Sketch of the medical history of the native army of Bombay, for the year
Year: 1872
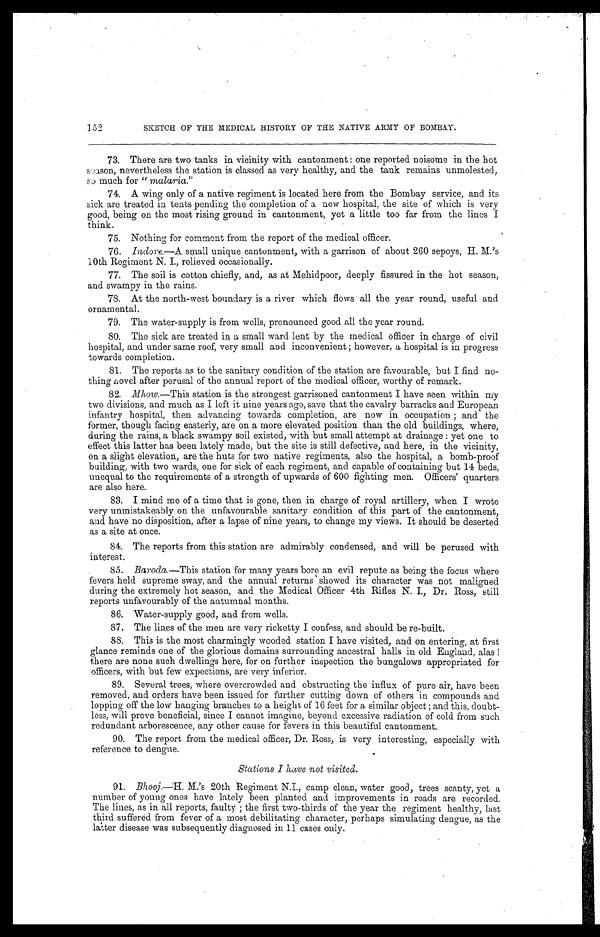
152
SKETCH OF THE MEDICAL HISTORY OF THE NATIVE ARMY OF BOMBAY.
73.
There are two tanks in vicinity with cantonment : one reported noisome in the hot
season, nevertheless the station is classed as very healthy, and the tank remains unmolested,
so much for " malaria."
74.
A wing only of a native regiment is located here from the Bombay service, and its
sick are treated in tents pending the completion of a new hospital, the site of which is very
good, being on the most rising ground in cantonment, yet a little too far from the lines I
think.
75.
Nothing for comment from the report of the medical officer.
76.
Indore.—A small unique cantonment, with a garrison of about 260 sepoys, H. M.'s
10th Regiment N. I., relieved occasionally.
77.
The soil is cotton chiefly, and, as at Mehidpoor, deeply fissured in the hot season,
and swampy in the rains.
78.
At the north-west boundary is a river which flows all the year round, useful and
ornamental.
79.
The water-supply is from wells, pronounced good all the year round.
80.
The sick are treated in a small ward lent by the medical officer in charge of civil
hospital, and under same roof, very small and inconvenient ; however, a hospital is in progress
towards completion.
81.
The reports as to the sanitary condition of the station are favourable, but I find no-
thing novel after perusal of the annual report of the Medical officer, worthy of remark.
82.
Mhow.—This station is the strongest garrisoned cantonment I have seen within my
two divisions, and much as I left it nine years ago, save that the cavalry barracks and European
infantry hospital, then advancing towards completion, are now in occupation ; and the
former, though facing easterly, are on a more elevated position than the old buildings, where,
during the rains, a black swampy soil existed, with but small attempt at drainage : yet one to
effect this latter has been lately made, but the site is still defective, and here, in the vicinity,
on a slight elevation, are the huts for two native regiments, also the hospital, a bomb-proof
building, with two wards, one for sick of each regiment, and capable of containing but 14 beds,
unequal to the requirements of a strength of upwards of 600 fighting men. Officers' quarters
are also here.
83.
I mind me of a time that is gone, then in charge of royal artillery, when I wrote
very unmistakeably on the unfavourable sanitary condition of this part of the cantonment,
and have no disposition, after a lapse of nine years, to change my views. It should be deserted
as a site at once.
84.
The reports from this station are admirably condensed, and will be perused with
interest.
85.
Baroda.—This station for many years bore an evil repute as being the focus where
fevers held supreme sway, and the annual returns showed its character was not maligned
during the extremely hot season, and the Medical Officer 4th Rifles N. I., Dr. Ross, still
reports unfavourably of the autumnal months.
86.
Water-supply good, and from wells.
87.
The lines of the men are very ricketty I confess, and should be re-built.
88.
This is the most charmingly wooded station I have visited, and on entering, at first
glance reminds one of the glorious domains surrounding ancestral halls in old England, alas !
there are none such dwellings here, for on further inspection the bungalows appropriated for
officers, with but few expections, are very inferior.
89.
Several trees, where overcrowded and obstructing the influx of pure air, have been
removed, and orders have been issued for further cutting down of others in compounds and
lopping off the low hanging branches to a height of 16 feet for a similar object ; and this, doubt
less, will prove beneficial, since I cannot imagine, beyond excessive radiation of cold from such
redundant arborescence, any other cause for fevers in this beautiful cantonment.
90.
The report from the medical officer, Dr. Ross, is very interesting, especially with
reference to dengue.
Stations I have not visited.
91.
Bhooj.—H. M.'s 20th Regiment N.I., camp clean, water good, trees scanty, yet a
number of young ones have lately been planted and improvements in roads are recorded.
The lines, as in all reports, faulty ; the first two-thirds of the year the regiment healthy, last
third suffered from fever of a most debilitating character, perhaps simulating dengue, as the
latter disease was subsequently diagnosed in 11 cases only.